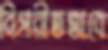
বিপরীতভাবে